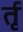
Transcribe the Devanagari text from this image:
र्तृ